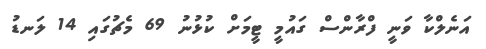
އަނެލްކާ ވަނީ ފްރާންސް ގައުމީ ޓީމަށް ކުޅުނު 69 މެޗުގައި 14 ލަނޑު